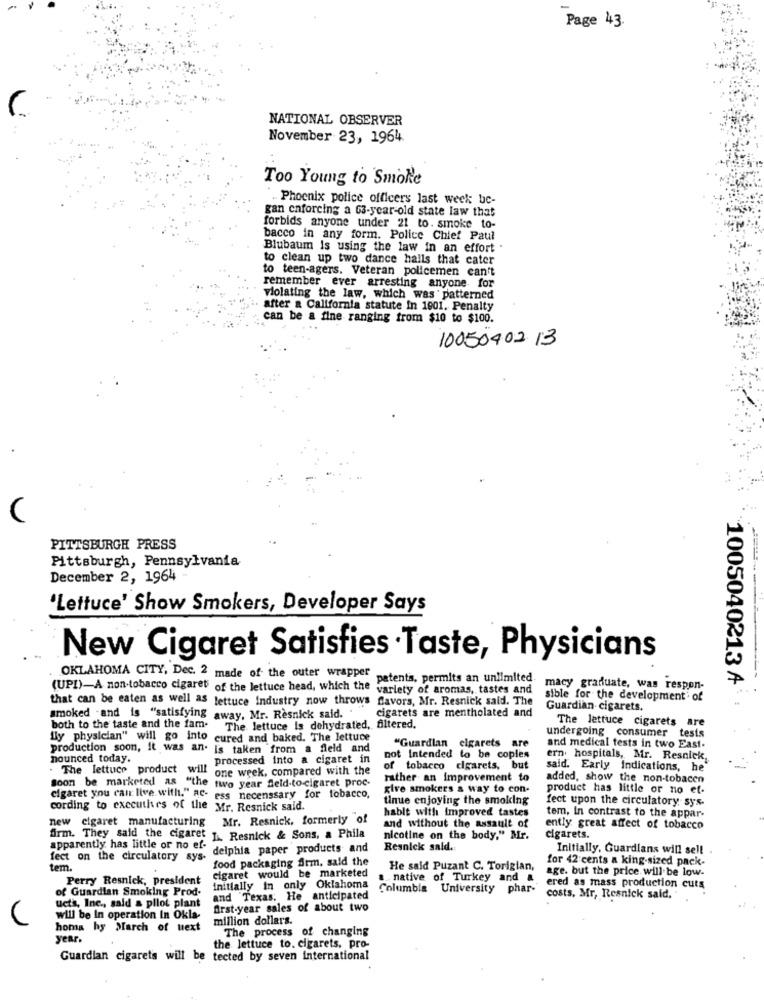
Page 43.
NATIONAL OBSERVER
November 23, 1964.
Too Young to Smoke
Phoenix police officers last week: be-
gan enforcing a 63-year-old state law that
forbids anyone under 21 to. smoke to-
bacco in any form. Police Chief Paul
Blubaum Is using the law in an effort .
to clean up two dance halls that cater
to teen-agers. Veteran policemen can't
remember ever arresting anyone for
violating the law, which was ' patterned
after a California statute In 1901. Penalty
can be a fine ranging from $10 to $100.
10050402 13
PITTSBURGH PRESS
Pittsburgh, Pennsylvania
December 2, 1964
'Lettuce' Show Smokers, Developer Says
New Cigaret Satisfies Taste, Physicians
OKLAHOMA CITY, Dec. 2 made of the outer wrapper
patents, permits an unlimited
1005040213 A
(UPI)-A non-tobacco cigaret of the lettuce head, which the
variety of aromas, tastes and
macy graduate, was respon-
that can be eaten as well as lettuce industry now throws favors, Mr. Resnick sald. The
sible for the development' of
cigarets are mentholated and
Guardian cigarets.
smoked .and is "satisfying away, Mr. Resnick said. "
The lettuce cigarets are
both to the taste and the fam.
The lettuce Is dehydrated, filtered.
fly physician" will go into cured and baked. The lettuce
undergoing consumer tesis
production soon, it was an. is taken from a field and
"Guardian cigarets are
and medical tests in two East.
nounced today.
processed into a cigaret in
not Intended to be coples
ern. hospitals, Mr. Resnick,
. The lettuce product will one week, compared with the
of tobacco cigarets, but
said. Early Indications, he
Soon be marketed as "the two year feld-tocigaret proc-
rather an improvement to
added, show the non-tobacen
give smokers a way to con-
product has little or no et-
cigaret you can live with." RC- ess necessary for tobacco,
tinue enjoying the smoking
fect upon the circulatory sys-
cording to executhes of the Mr. Resnick said.
hablt with improved tastes
tem, In contrast to the appar-
new cigaret manufacturing Mr. Resnick, formerly of
and without the assault of
ently great affect of tobacco
firm. They said the cigaret 1. Resnick & Sons, a Phila
nicotine on the body." Mr.
cigarets.
apparently has little or no ef-
delphia paper products and
Resnick sald.
Initially. Guardians will sell
fect on the circulatory sys-
food packaging firm, said the
for 42 cents a king-sized pack-
tem.
He said Puzant C. Torigian,
age. but the price will be low-
Perry Resnick, president
cigaret would be marketed
... native of Turkey and &
of Guardian Smoking Prod.
initially in only Oklahoma
Columbia University phar-
ered as mass production cuts
uct's, Inc ., said & pilot plant
and Texas. He anticipated
costs, Mr, Resnick said.
first-year sales of about two
will be In operation In Okla-
million dollars.
homa hy March of uext
The process of changing
year.
the lettuce to. cigarets. pro-
Guardian cigarets will be tected by seven international